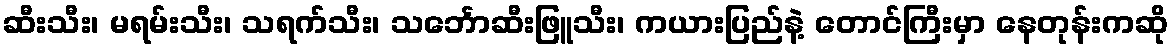
ဆီးသီး၊ မရမ်းသီး၊ သရက်သီး၊ သင်္ဘောဆီးဖြူသီး၊ ကယားပြည်နဲ့ တောင်ကြီးမှာ နေတုန်းကဆို